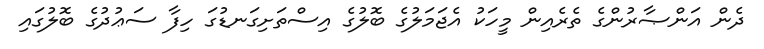
ދެން އަންޞާރުންގެ ތެރެއިން މީހަކު އެޖަމަލުގެ ބޮލުގެ އިސްތަށިގަނޑުގަ ހިފާ ސަޢުދުގެ ބޮލުގައި